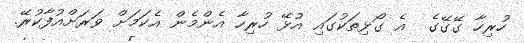
ހުރިހާ ގޭގޭގެ  އެ ގޯޅިތަކުގައި އުޅޭ ހުރިހާ އެންމެން އެކަމަށް ވަރަށްއުފާކުރޭ.